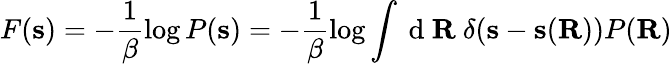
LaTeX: F(\mathbf{s})=-\frac{1}{\beta}\log P(\mathbf{s})=-\frac{1}{\beta}\log\int\mathrm{~d~}\mathbf{R}\ \delta(\mathbf{s}-\mathbf{s}(\mathbf{R}))P(\mathbf{R})